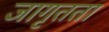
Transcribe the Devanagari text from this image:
जागृतता